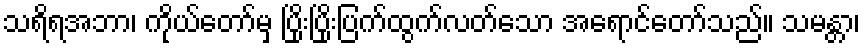
သရိရအဘာ၊ ကိုယ်တော်မှ ပြိုးပြိုးပြက်ထွက်လတ်သော အရောင်တော်သည်။ သမန္တာ၊